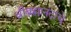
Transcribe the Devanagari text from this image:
श्रीब्रह्मानंदांचे